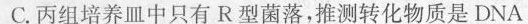
C.丙组培养皿中只有R型菌落，推测转化物质是DNA